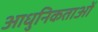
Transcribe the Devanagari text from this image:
आधुनिकताओं